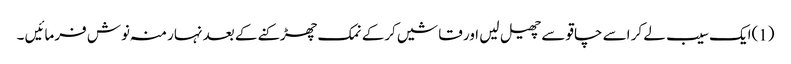
(1)ایک سیب لے کر اسے چاقو سے چھیل لیں اور قاشیں کرکے نمک چھڑکنے کے بعد نہار منہ نوش فرمائیں ۔